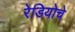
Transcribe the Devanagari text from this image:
रेडियोचे